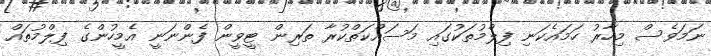
ނަމަވެސް މިހާރު ހަމައެކަނި ފިލްމުތަކުގައި މަސައްކަތްކުރާ ތަރިން ޓީވީން ފެންނަނީ އެމީހުންގެ ފިލްމުތައް